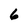
Character: 6